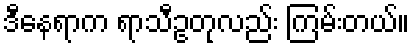
ဒီနေရာက ရာသီဥတုလည်း ကြမ်းတယ်။